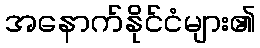
အနောက်နိုင်ငံများ၏